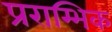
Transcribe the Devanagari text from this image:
प्रराम्भिक